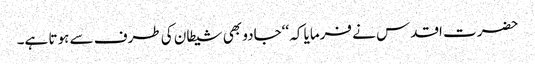
حضرت اقدس نے فرمایا کہ ‘‘جادو بھی شیطان کی طرف سے ہوتا ہے۔